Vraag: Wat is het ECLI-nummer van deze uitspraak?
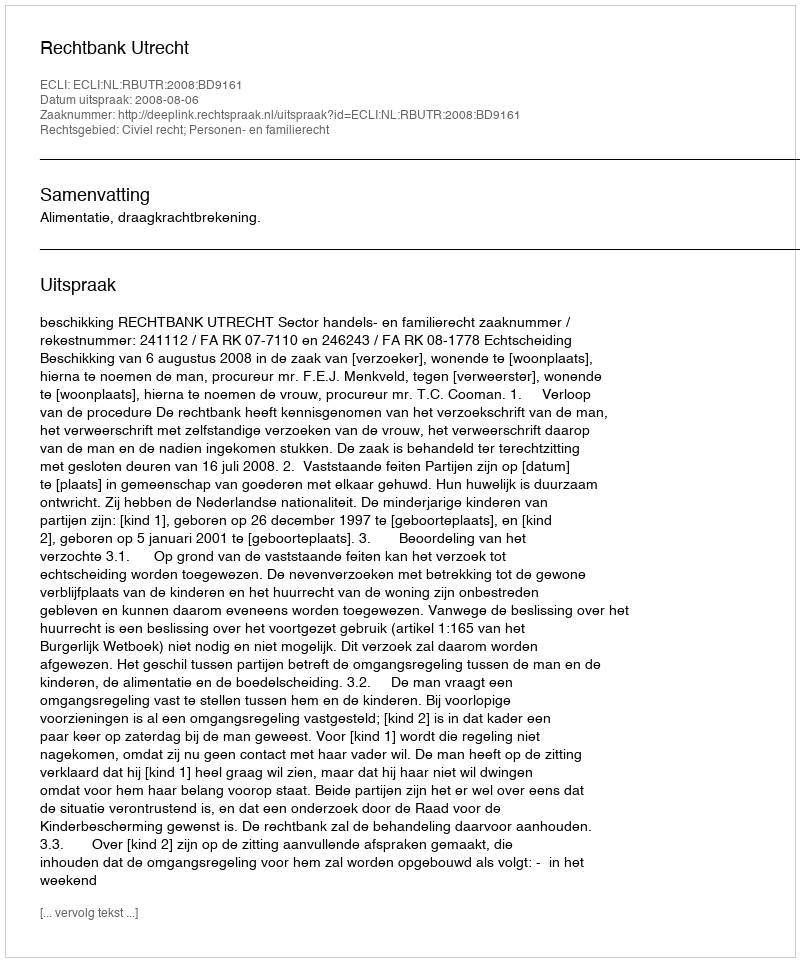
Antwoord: ECLI:NL:RBUTR:2008:BD9161